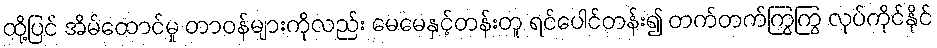
ထို့ပြင် အိမ်ထောင်မှု တာဝန်များကိုလည်း မေမေနှင့်တန်းတူ ရင်ပေါင်တန်း၍ တက်တက်ကြွကြွ လုပ်ကိုင်နိုင်